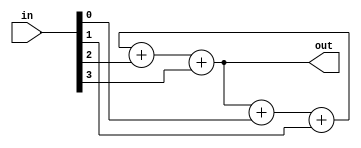
`timescale 1ns / 1ps
//////////////////////////////////////////////////////////////////////////////////
// Module Name: Question 4 c
// Description: Structural verilog
//////////////////////////////////////////////////////////////////////////////////
module question4c(
    input  wire [3:0] in,
    output wire [2:0] out
    );
	 parameter WIDTH = 4;
	 
	 reg [2:0] count = 3'd0;
	 
	 integer idx;
	 
	 assign out = count;
	 
	 always @ * begin
		for( idx = 0; idx<WIDTH; idx = idx + 1) begin
			count = count + in[idx];
		end
		
	 end

endmodule